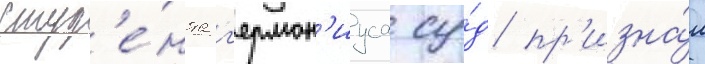
студ'е́нта г'ермон'иуса су́д пр'изна́л